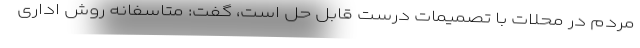
مردم در محلات با تصمیمات درست قابل حل است، گفت: متاسفانه روش اداری